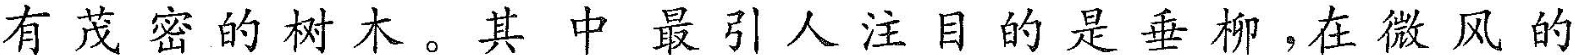
有茂密的树木。其中最引人注目的是垂柳，在微风的